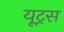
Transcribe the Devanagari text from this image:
यूट्रस